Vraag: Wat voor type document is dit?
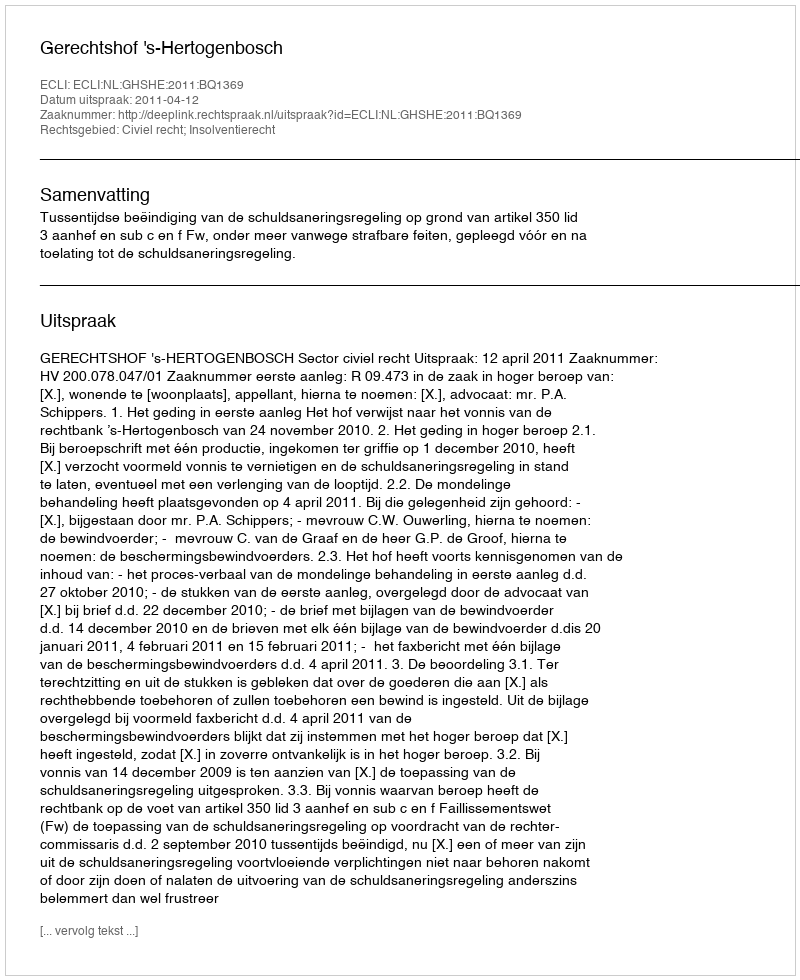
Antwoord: Uitspraak